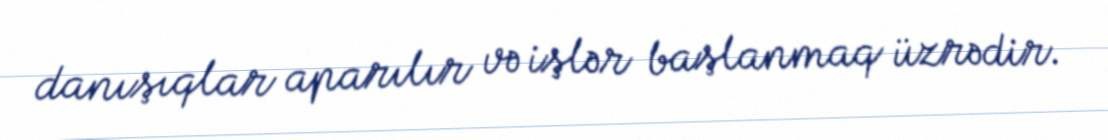
danışıqlar aparılır və işlər başlanmaq üzrədir.